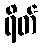
ရိတ်